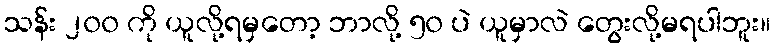
သန်း ၂၀၀ ကို ယူလို့ရမှတော့ ဘာလို့ ၅၀ ပဲ ယူမှာလဲ တွေးလို့မရပါဘူး။